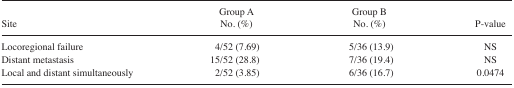
| Site | Group A No. (%) | Group B No. (%) | P-value |
 | --- | --- | --- | --- |
 | Locoregional failure | 4/52 (7.69) | 5/36 (13.9) | NS |
 | Distant metastasis | 15/52 (28.8) | 7/36 (19.4) | NS |
 | Local and distant simultaneously | 2/52 (3.85) | 6/36 (16.7) | 0.0474 |